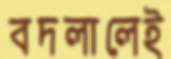
বদলালেই